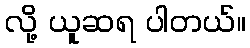
လို့ ယူဆရ ပါတယ်။